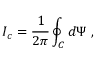
I _ { c } = \frac { 1 } { 2 \pi } \oint _ { C } d \Psi \; ,